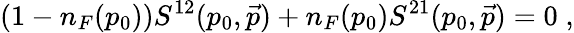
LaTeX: \left(1-n_{F}(p_{0})\right)S^{12}(p_{0},\vec{p})+n_{F}(p_{0})S^{21}(p_{0},\vec{p})=0\; ,